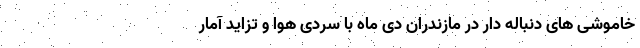
خاموشی های دنباله دار در مازندران دی ماه با سردی هوا و تزاید آمار